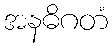
အနဓိဂတံ